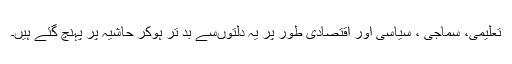
تعلیمی، سماجی ، سیاسی اور اقتصادی طور پر یہ دلتوںسے بد تر ہوکر حاشیہ پر پہنچ گئے ہیں۔